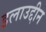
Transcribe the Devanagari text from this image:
इलाउद्दीन